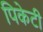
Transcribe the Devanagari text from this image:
पिकेटी